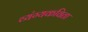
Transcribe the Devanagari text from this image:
व्यंग्यकविता